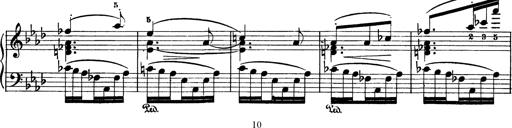
Title: AnnÃ©es de pÃ¨lerinage I
Composer: Franz Liszt